Lunatic asylums United Prov. 1922-30 - 1922-1930
Year: 1922
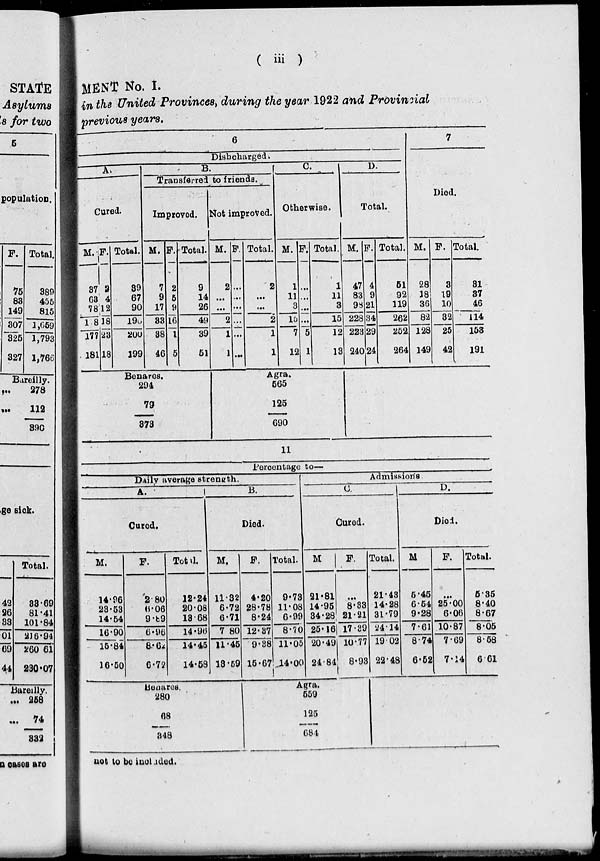
( iii )
MENT No. I.
in the United Provinces, during the year 1922 and Provincial
previous years.
6
Dishcharged.
A.
Cured.
M.
37
63
78
1 8
177
181
F.
2
4
12
18
23
18
Total.
39
67
90
190
200
199
B.
Transferred to friends.
Improved.
M.
7
9
17
33
38
46
F.
2
5
9
16
1
5
Total.
9
14
26
49
39
51
Not improved.
M.
2
...
...
2
1
1
F.
...
...
...
...
...
...
Total.
2
...
...
2
1
1
C.
Otherwise.
M.
1
11
3
15
7
12
F.
...
...
...
...
5
1
Total.
1
11
3
15
12
13
D.
Total.
M.
47
83
98
228
223
240
F.
4
9
21
34
29
24
Total.
51
92
119
262
252
264
7
Died.
M.
28
18
36
82
128
149
F.
3
19
10
32
25
42
Total.
31
37
46
114
153
191
Benares.
294
79
873
Agra.
565
125
690
11
Percentage to—
Daily average strength.
A.
Cured.
M.
14.96
23.53
14.54
16.90
15.84
16.50
F.
2 .80
6.06
9.89
6.96
8.64
6.72
Total.
12.24
20.08
13.68
14.96
14.45
14.58
B.
Died.
M.
11.32
6.72
6.71
7.80
11.45
13.59
F.
4.20
28.78
8.24
12.37
9.38
15.67
Total.
9.73
11.08
6.99
8.70
11.05
14.00
Admissions
C.
Cured.
M.
21.81
14.95
34.28
25.16
20.49
24.84
F.
...
8.33
21.21
17.39
10.77
8.93
Total.
21.43
14.28
31.79
24.14
19.02
22.48
D.
Died.
M
5.45
6.54
9.28
7.61
8.74
6.52
F.
...
25.00
6.06
10.87
7.69
7.14
Total.
5.35
8.40
8.67
8.05
8.58
6.61
Benares.
280
68
348
Agra.
559
125
684
not to be included.